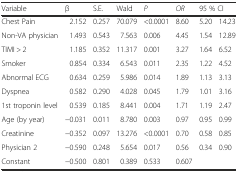
<table><thead><tr><td><b>Variable</b></td><td><b>β</b></td><td><b>S.E.</b></td><td><b>Wald</b></td><td><b><i>P</i></b></td><td><b><i>OR</i></b></td><td colspan="2"><b>95 % CI</b></td></tr></thead><tbody><tr><td>Chest Pain</td><td>2.152</td><td>0.257</td><td>70.079</td><td>&lt;0.0001</td><td>8.60</td><td>5.20</td><td>14.23</td></tr><tr><td>Non-VA physician</td><td>1.493</td><td>0.543</td><td>7.563</td><td>0.006</td><td>4.45</td><td>1.54</td><td>12.89</td></tr><tr><td>TIMI &gt; 2</td><td>1.185</td><td>0.352</td><td>11.317</td><td>0.001</td><td>3.27</td><td>1.64</td><td>6.52</td></tr><tr><td>Smoker</td><td>0.854</td><td>0.334</td><td>6.543</td><td>0.011</td><td>2.35</td><td>1.22</td><td>4.52</td></tr><tr><td>Abnormal ECG</td><td>0.634</td><td>0.259</td><td>5.986</td><td>0.014</td><td>1.89</td><td>1.13</td><td>3.13</td></tr><tr><td>Dyspnea</td><td>0.582</td><td>0.290</td><td>4.028</td><td>0.045</td><td>1.79</td><td>1.01</td><td>3.16</td></tr><tr><td>1st troponin level</td><td>0.539</td><td>0.185</td><td>8.441</td><td>0.004</td><td>1.71</td><td>1.19</td><td>2.47</td></tr><tr><td>Age (by year)</td><td>−0.031</td><td>0.011</td><td>8.780</td><td>0.003</td><td>0.97</td><td>0.95</td><td>0.99</td></tr><tr><td>Creatinine</td><td>−0.352</td><td>0.097</td><td>13.276</td><td>&lt;0.0001</td><td>0.70</td><td>0.58</td><td>0.85</td></tr><tr><td>Physician 2</td><td>−0.590</td><td>0.248</td><td>5.654</td><td>0.017</td><td>0.56</td><td>0.34</td><td>0.90</td></tr><tr><td>Constant</td><td>−0.500</td><td>0.801</td><td>0.389</td><td>0.533</td><td>0.607</td><td></td><td></td></tr></tbody></table>